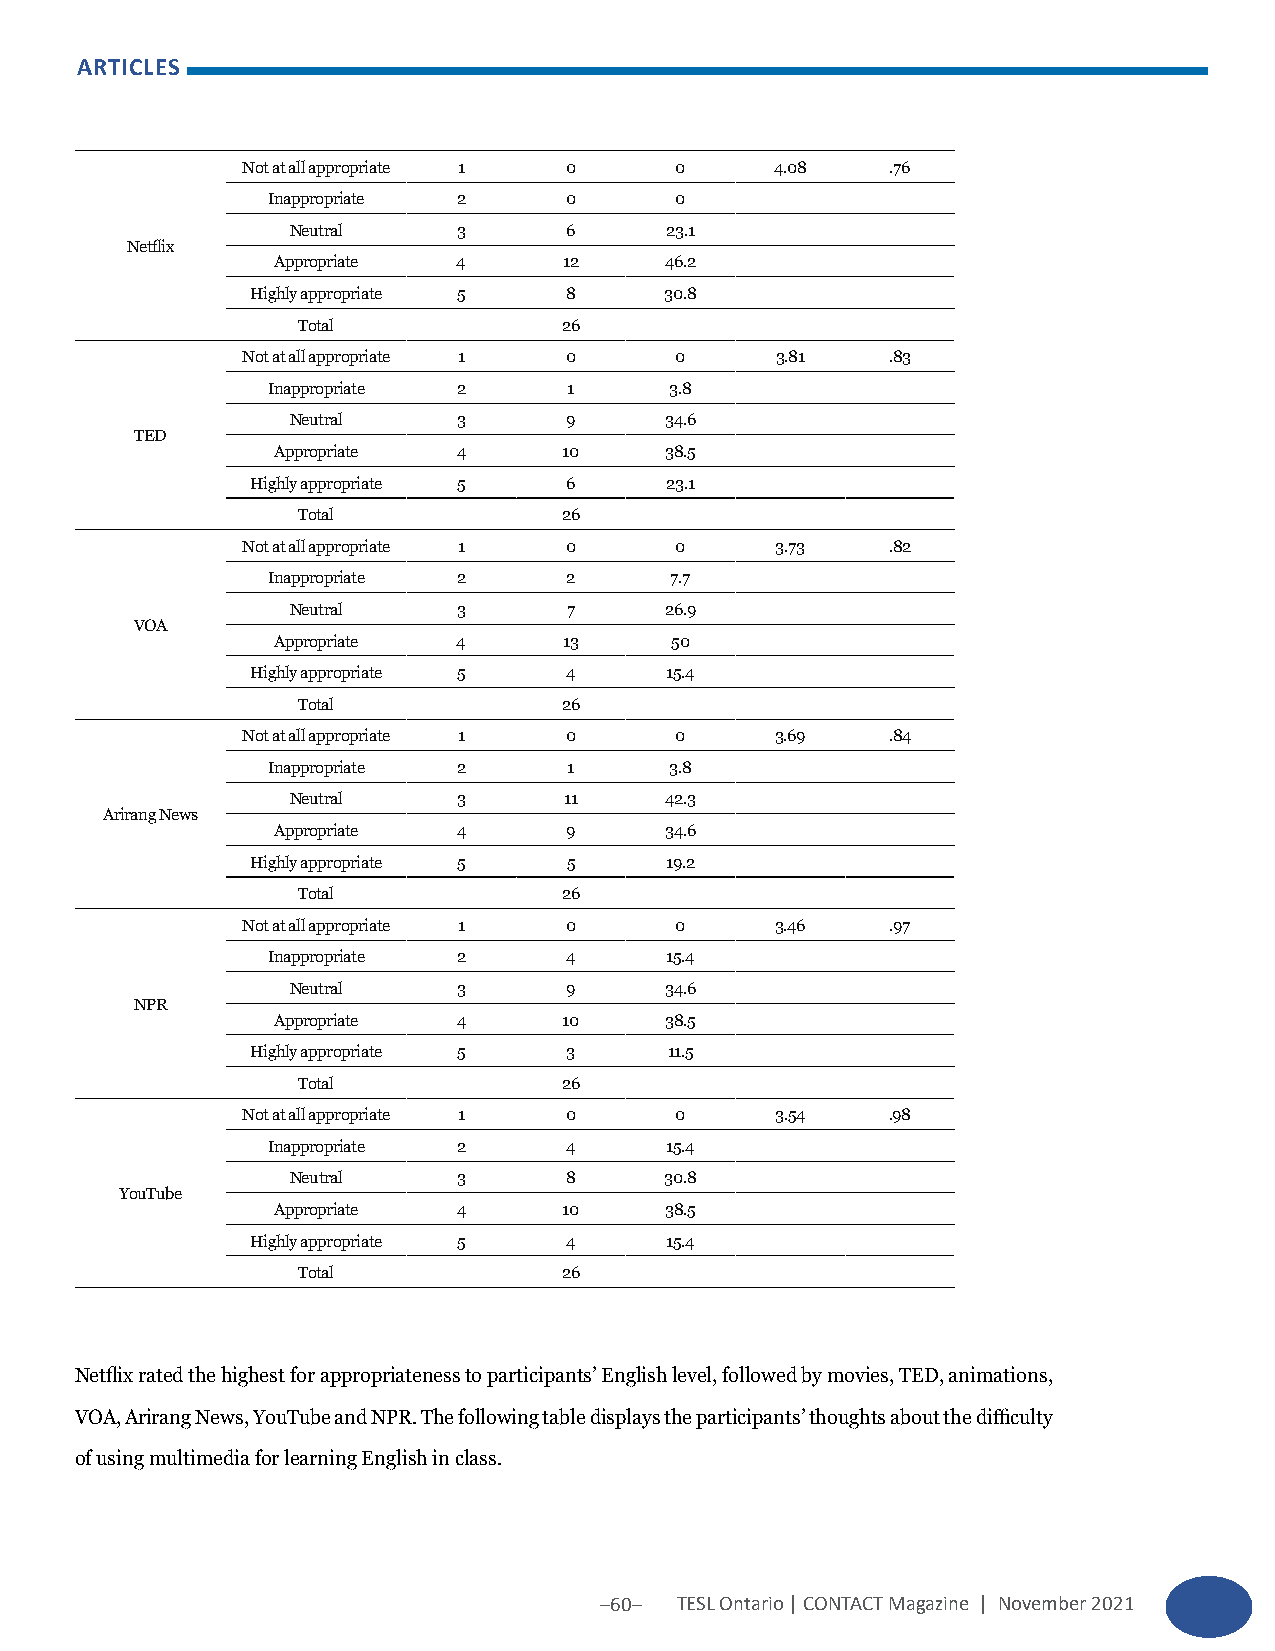
ARTICLES
 Not at all appropriate 1 0   0     4.08    .76
 Inappropriate 2    0       0
 Neutral    3      6      23.1
 Netflix
 Appropriate 4      12     46.2
 Highly appropriate 5 8     30.8
 Total            26
 Not at all appropriate 1 0   0     3.81    .83
 Inappropriate 2     1     3.8
 Neutral    3      9      34.6
 TED
 Appropriate 4      10     38.5
 Highly appropriate 5 6     23.1
 Total            26
 Not at all appropriate 1 0   0     3.73    .82
 Inappropriate 2    2      7.7
 Neutral    3       7     26.9
 VOA
 Appropriate 4      13     50
 Highly appropriate 5 4     15.4
 Total            26
 Not at all appropriate 1 0   0     3.69    .84
 Inappropriate 2     1     3.8
 Neutral    3      11     42.3
 Arirang News
 Appropriate 4      9      34.6
 Highly appropriate 5 5     19.2
 Total            26
 Not at all appropriate 1 0   0     3.46    .97
 Inappropriate 2    4      15.4
 Neutral    3      9      34.6
 NPR
 Appropriate 4      10     38.5
 Highly appropriate 5 3     11.5
 Total            26
 Not at all appropriate 1 0   0     3.54    .98
 Inappropriate 2    4      15.4
 Neutral    3      8      30.8
 YouTube
 Appropriate 4      10     38.5
 Highly appropriate 5 4     15.4
 Total            26
 Netflix rated the highest for appropriateness to participants’ English level, followed by movies, TED, animations,
 VOA, Arirang News, YouTube and NPR. The following table displays the participants’ thoughts about the difficulty
 of using multimedia for learning English in class.
 –60– TESL Ontario | CONTACT Magazine | November 2021